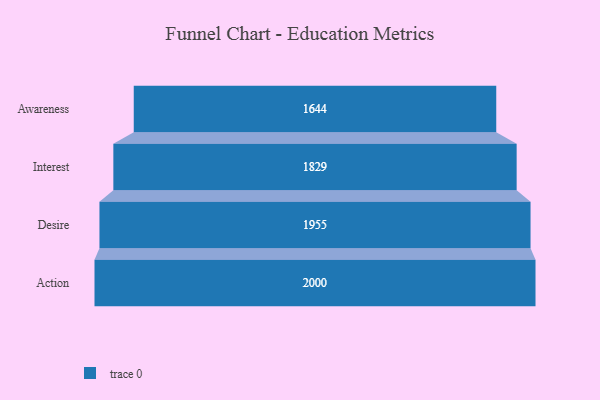
{"axis": {"x": "Stage", "y": "Value"}, "legend": [""], "data": [{"x": "Awareness", "y": 1644.0, "type": ""}, {"x": "Interest", "y": 1829.0, "type": ""}, {"x": "Desire", "y": 1955.0, "type": ""}, {"x": "Action", "y": 2000, "type": ""}]}